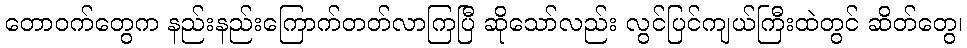
တောဝက်တွေက နည်းနည်းကြောက်တတ်လာကြပြီ ဆိုသော်လည်း လွင်ပြင်ကျယ်ကြီးထဲတွင် ဆိတ်တွေ၊